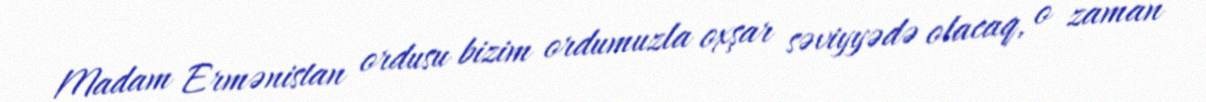
Madam Ermənistan ordusu bizim ordumuzla oxşar səviyyədə olacaq, o zaman